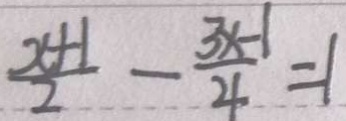
\frac { x + 1 } { 2 } - \frac { 3 x - 1 } { 4 } = 1